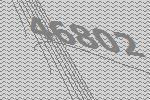
46802